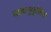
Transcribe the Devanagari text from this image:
दाबानुकुलित